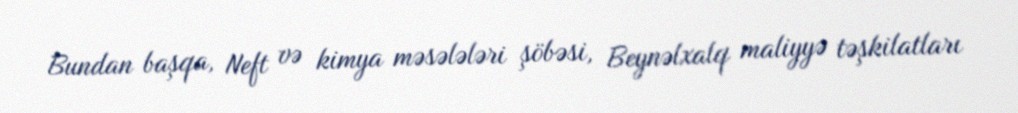
Bundan başqa, Neft və kimya məsələləri şöbəsi, Beynəlxalq maliyyə təşkilatları